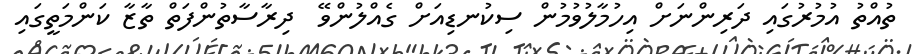
ތުއްތު އުމުރުގައި ދަރިންނަށް އިހުމާލުވުމުން ސިކުނޑިއަށް ގެއްލުންވޭ  ދިރާސާތުންފަތް ތާޒާ ކަންމަތީގައި